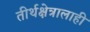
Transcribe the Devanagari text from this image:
तीर्थक्षेत्रालाही